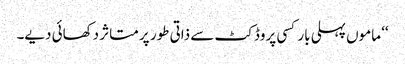
‘‘ ماموں پہلی بار کسی پروڈکٹ سے ذاتی طور پر متاثر دکھائی دیے۔